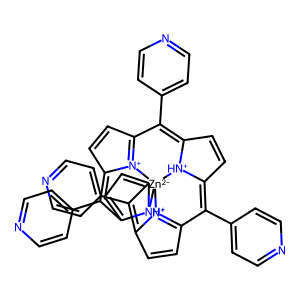
SMILES: C1=CC2=[N+]3C1=C(c1ccncc1)C1=CC=C4C(c5ccncc5)=C5C=CC6=[N+]5[Zn-2]3([NH+]14)[NH+]1C(=C2c2ccncc2)C=CC1=C6c1ccncc1
Inhibits HIV replication: No